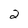
Character: 2